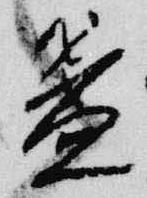
盞